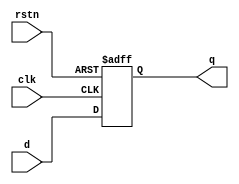
module register (
    input wire clk,       // Clock input
    input wire rstn,     // Active-low reset input
    input wire [1:0] d,  // 2-bit data input
    output reg [1:0] q   // 2-bit register output
);

// Always block for sequential logic
always @(posedge clk or negedge rstn) begin
    if (!rstn) begin
        // Reset state
        q <= 2'b00;  // Use non-blocking assignment for the reset case
    end else begin
        // Capture data on clock edge
        q <= d;      // Use non-blocking assignment to update the output
    end
end

endmodule